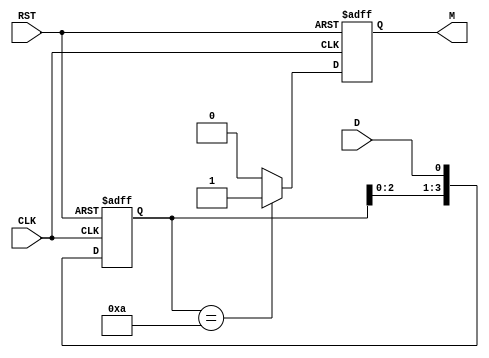
module pattern_detector (
    input wire D,            // Data input
    input wire CLK,          // Clock input
    input wire RST,          // Asynchronous reset
    output reg M             // Match output
);
    // Define the pattern to detect (4 bits: "1010")
    parameter PATTERN = 4'b1010;
    
    // State register to hold the current state (4 bits)
    reg [3:0] state;

    always @(posedge CLK or posedge RST) begin
        if (RST) begin
            state <= 4'b0000;  // Initialize state to zero on reset
            M <= 1'b0;         // Match output reset
        end else begin
            // Shift the state left and add the new data bit (D)
            state <= {state[2:0], D}; // Shift left and insert new bit
            
            // Check if the current state matches the pattern
            if (state == PATTERN) begin
                M <= 1'b1; // Pattern matched
            end else begin
                M <= 1'b0; // Pattern not matched
            end
        end
    end
endmodule